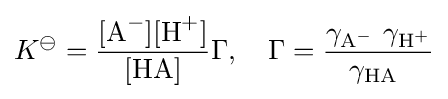
K^{\ominus }={{\frac {[{\ce {A^-}}][{\ce {H+}}]}{{\ce {[HA]}}}}\Gamma },\quad \Gamma ={\frac {\gamma _{{\ce {A^-}}}\ \gamma _{{\ce {H+}}}}{\gamma _{{\ce {HA}}}\ }}